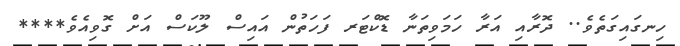
ހިނގައިގަތެވެ.. ދޮރާއި އަރާ ހަމަވިތަނާ ޑޮކްޓަރ ފަހަތުން އައިސް ލޫކަސް އަށް ގޮވިއެވެ****